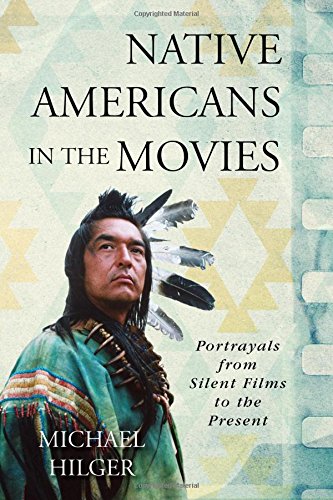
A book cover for Native Americans in the Movies: Portrayals from Silent Films to the Present; Michael Hilger; Humor & Entertainment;